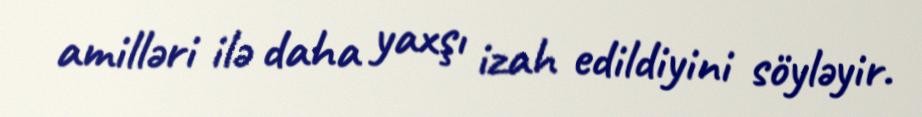
amilləri ilə daha yaxşı izah edildiyini söyləyir.